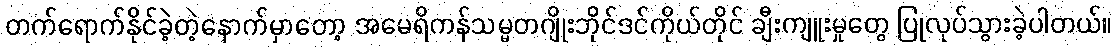
တက်ရောက်နိုင်ခဲ့တဲ့နောက်မှာတော့ အမေရိကန်သမ္မတဂျိုးဘိုင်ဒင်ကိုယ်တိုင် ချီးကျူးမှုတွေ ပြုလုပ်သွားခဲ့ပါတယ်။